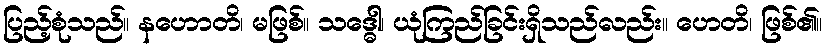
ပြည့်စုံသည်။ နဟောတိ၊ မဖြစ်။ သဒ္ဓေါ၊ ယုံကြည်ခြင်းရှိသည်လည်း။ ဟေတိ၊ ဖြစ်၏။